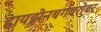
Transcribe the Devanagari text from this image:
हायझेनबर्गबरोबर